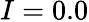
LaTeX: I=0.0